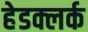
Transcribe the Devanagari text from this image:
हेडक्लर्क